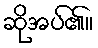
ဆိုအပ်၏။